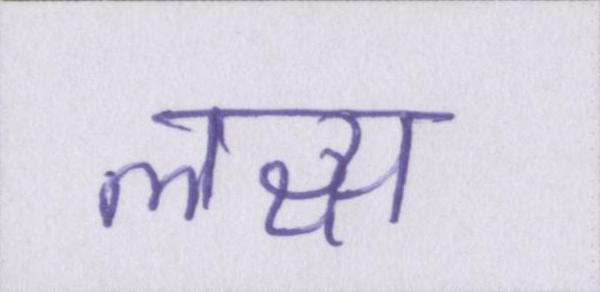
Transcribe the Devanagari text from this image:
लक्ष्य